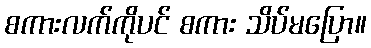
စကားလက်ကိုပင် စကား သိပ်မပြော။